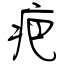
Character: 疤